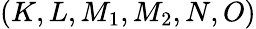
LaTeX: (K,L,M_{1},M_{2},N,O)